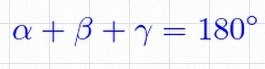
\alpha+\beta+\gamma=180^\circ